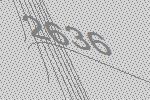
2636